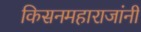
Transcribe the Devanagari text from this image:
किसनमहाराजांनी